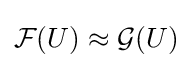
{\mathcal {F}}(U)\approx {\mathcal {G}}(U)